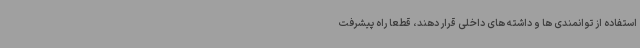
استفاده از توانمندی ها و داشته های داخلی قرار دهند، قطعا راه پیشرفت